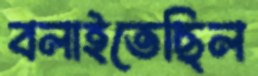
বলাইতেছিল